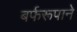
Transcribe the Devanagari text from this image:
बर्फरूपाने